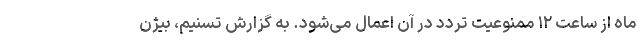
ماه از ساعت ۱۲ ممنوعیت تردد در آن اعمال می‌شود. به گزارش تسنیم، بیژن